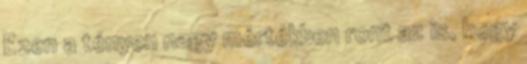
Ezen a tényen nagy mértékben ront az is, hogy